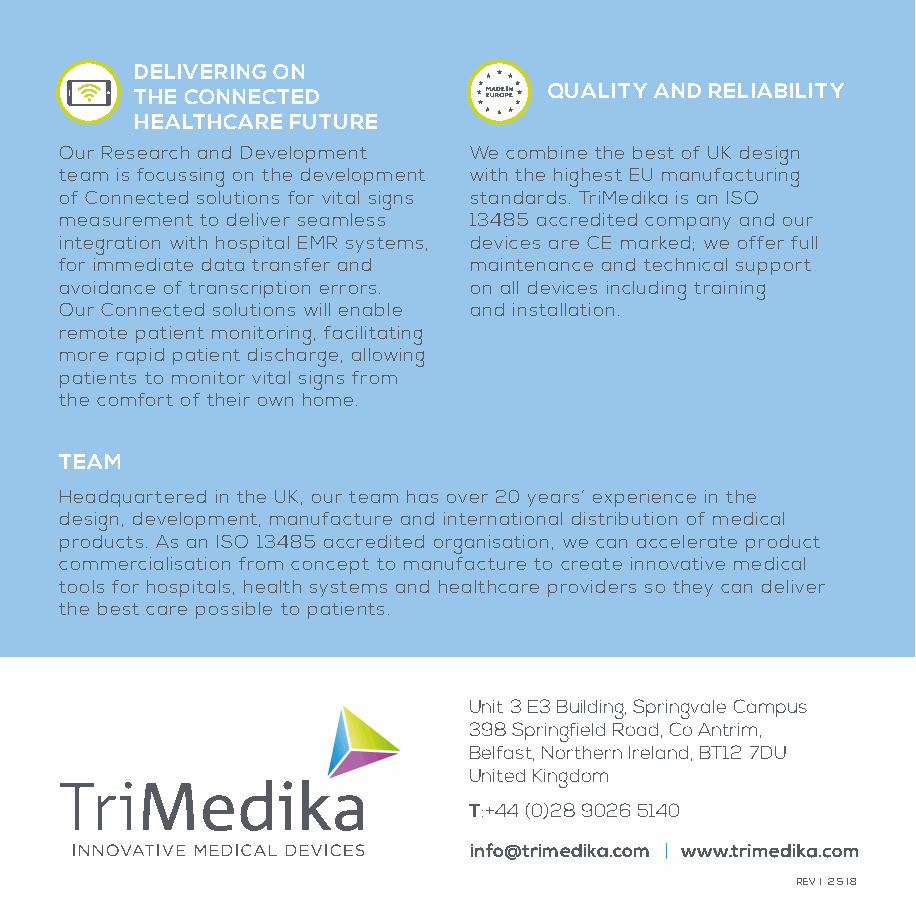
DELIVERING ON
 THE CONNECTED              QUALITY AND RELIABILITY
 HEALTHCARE FUTURE
 Our Research and Development We combine the best of UK design
 team is focussing on the development with the highest EU manufacturing
 of Connected solutions for vital signs standards. TriMedika is an ISO
 measurement to deliver seamless 13485 accredited company and our
 integration with hospital EMR systems, devices are CE marked; we offer full
 for immediate data transfer and maintenance and technical support
 avoidance of transcription errors. on all devices including training
 Our Connected solutions will enable and installation.
 remote patient monitoring, facilitating
 more rapid patient discharge, allowing
 patients to monitor vital signs from
 the comfort of their own home.
 TEAM
 Headquartered in the UK, our team has over 20 years’ experience in the
 design, development, manufacture and international distribution of medical
 products. As an ISO 13485 accredited organisation, we can accelerate product
 commercialisation from concept to manufacture to create innovative medical
 tools for hospitals, health systems and healthcare providers so they can deliver
 the best care possible to patients.
 Unit 3 E3 Building, Springvale Campus
 398 Springfield Road, Co Antrim,
 Belfast, Northern Ireland, BT12 7DU
 United Kingdom
 T:+44 (0)28 9026 5140
 info@trimedika.com |
 REV 1 2.5.18